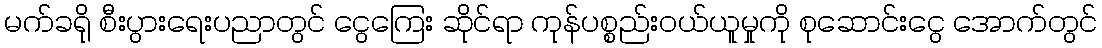
မက်ခရို စီးပွားရေးပညာတွင် ငွေကြေး ဆိုင်ရာ ကုန်ပစ္စည်းဝယ်ယူမှုကို စုဆောင်းငွေ အောက်တွင်